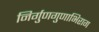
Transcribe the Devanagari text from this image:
निर्गुणगुणाभिराग